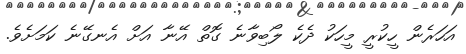
އަހަރެން ހީކުރީ މީހަކު ދެކެ ލޯބިވާނެ ގޮތް އޭނާ އަށް އެނގޭނެ ކަމަށެވެ.